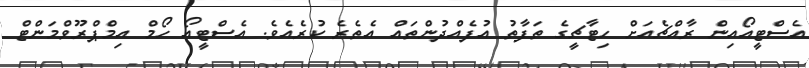
އެސްޓީއޯއިން ރާއްޗެއަށް ހިޓާޗީގެ ތަފާތު އުފެއްދުންތައް އެތެރެ ކުރެއެވެ. އެސްޓީއޯ ހޯމް އިމްޕްރޫވްމަންޓް